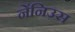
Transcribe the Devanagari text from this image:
नेंनिउस